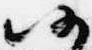
仍